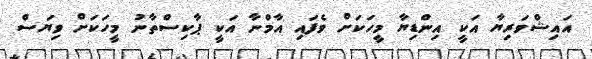
އައިޝްވަރިޔާ އަކީ އިންޑިޔާ މީހަކަށް ވެފައި އާމްނާ އަކީ ޕާކިސްތާނު މީހަކަށް ވިޔަސް